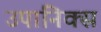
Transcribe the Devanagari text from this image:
उपानिक्स